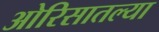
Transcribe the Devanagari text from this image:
ओरिसातल्या